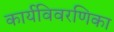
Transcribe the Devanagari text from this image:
कार्यविवरणिका